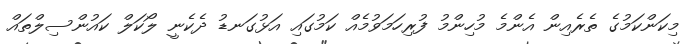
މިކަންކަމުގެ ތެރެއިން އެންމެ މުހިންމު ފުރިހަމަވުމެއް ކަމުގައި އަޅުގަނޑު ދެކެނީ ލޯކަލް ކައުންސިލްތައް